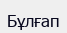
Бұлғап